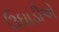
ઉઘાડીએ